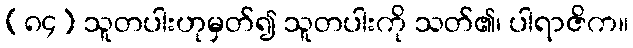
(၈၄) သူတပါးဟုမှတ်၍ သူတပါးကို သတ်၏၊ ပါရာဇိက။